Report of the Indian Hemp Drugs Commission, 1894-1895 - Volume V
Year: 1894
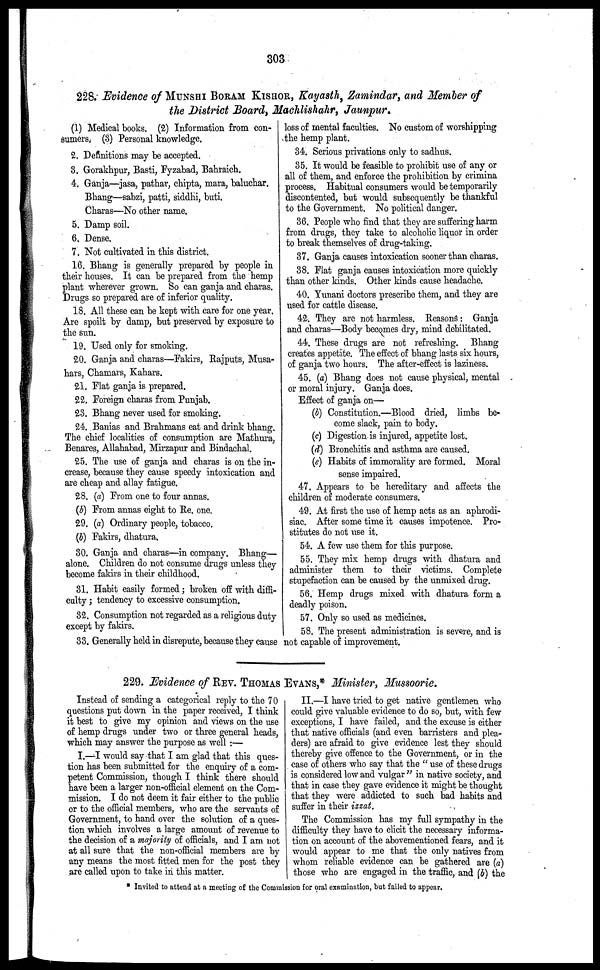
303
228. Evidence of MUNSHI BORAM KISHOR, Kayasth, Zamindar, and Member of
the District Board, Machlishahr, Jaunpur.
(1) Medical books. (2) Information from con-
sumers. (3) Personal knowledge.
2. Definitions may be accepted.
3. Gorakhpur, Basti, Fyzabad, Bahraich.
4. Ganja—jasa, pathar, chipta, mara, baluchar.
Bhang—sabzi, patti, siddhi, buti.
Charas—No other name.
5. Damp soil.
6. Dense.
7. Not cultivated in this district.
16. Bhang is generally prepared by people in
their houses. It can be prepared from the hemp
plant wherever grown. So can ganja and charas.
Drugs so prepared are of inferior quality.
18. All these can be kept with care for one year.
Are spoilt by damp, but preserved by exposure to
the sun.
19. Used only for smoking.
20. Ganja and charas—Fakirs, Rajputs, Musa-
hars, Chamars, Kahars.
21. Flat ganja is prepared.
22. Foreign charas from Punjab.
23. Bhang never used for smoking.
24. Banias and Brahmans eat and drink bhang.
The chief localities of consumption are Mathura,
Benares, Allahabad, Mirzapur and Bindachal.
25. The use of ganja and charas is on the in-
crease, because they cause speedy intoxication and
are cheap and allay fatigue.
28. (a) From one to four annas.
(b) From annas eight to Re. one.
29. (a) Ordinary people, tobacco.
(b) Fakirs, dhatura.
30. Ganja and charas—in company. Bhang—
alone. Children do not consume drugs unless they
become fakirs in their childhood.
31. Habit easily formed ; broken off with diffi-
culty ; tendency to excessive consumption.
32. Consumption not regarded as a religious duty
except by fakirs.
33. Generally held in disrepute, because they cause
loss of mental faculties. No custom of worshipping
the hemp plant.
34. Serious privations only to sadhus.
35. It would be feasible to prohibit use of any or
all of them, and enforce the prohibition by crimina
process. Habitual consumers would be temporarily
discontented, but would subsequently be thankful
to the Government. No political danger.
36. People who find that they are suffering harm
from drugs, they take to alcoholic liquor in order
to break themselves of drug-taking.
37. Ganja causes intoxication sooner than charas.
38. Flat ganja causes intoxication more quickly
than other kinds. Other kinds cause headache.
40. Yunani doctors prescribe them, and they are
used for cattle disease.
42. They are not harmless. Reasons: Ganja
and charas—Body becomes dry, mind debilitated.
44. These drugs are not refreshing. Bhang
creates appetite. The effect of bhang lasts six hours,
of ganja two hours. The after-effect is laziness.
45. (a) Bhang does not cause physical, mental
or moral injury. Ganja does.
Effect of ganja on—
(b) Constitution.—Blood dried, limbs be-
come slack, pain to body.
(c) Digestion is injured, appetite lost.
(d) Bronchitis and asthma are caused.
(e) Habits of immorality are formed. Moral
sense impaired.
47. Appears to be hereditary and affects the
children of moderate consumers.
49. At first the use of hemp acts as an aphrodi-
siac. After some time it causes impotence. Pro-
stitutes do not use it.
54. A few use them for this purpose.
55. They mix hemp drugs with dhatura and
administer them to their victims. Complete
stupefaction can be caused by the unmixed drug.
56. Hemp drugs mixed with dhatura form a
deadly poison.
57. Only so used as medicines.
58. The present administration is severe, and is
not capable of improvement.
229. Evidence of REV. THOMAS EVANS,* Minister, Mussoorie.
Instead of sending a categorical reply to the 70
questions put down in the paper received, I think
it best to give my opinion and views on the use
of hemp drugs under two or three general heads,
which may answer the purpose as well :—
I.—I would say that I am glad that this ques-
tion has been submitted for the enquiry of a com-
petent Commission, though I think there should
have been a larger non-official element on the Com-
mission. I do not deem it fair either to the public
or to the official members, who are the servants of
Government, to hand over the solution of a ques-
tion which involves a large amount of revenue to
the decision of a majority of officials, and I am not
at all sure that the non-official members are by
any means the most fitted men for the post they
are called upon to take in this matter.
II.—I have tried to get native gentlemen who
could give valuable evidence to do so, but, with few
exceptions, I have failed, and the excuse is either
that native officials (and even barristers and plea-
ders) are afraid to give evidence lest they should
thereby give offence to the Government, or in the
case of others who say that the " use of these drugs
is considered low and vulgar " in native society, and
that in case they gave evidence it might be thought
that they were addicted to such bad habits and
suffer in their izzat.
The Commission has my full sympathy in the
I difficulty they have to elicit the necessary informa-
tion on account of the abovementioned fears, and it
would appear to me that the only natives from
whom reliable evidence can be gathered are (a)
those who are engaged in the traffic, and (b) the
Invited to attend at a meeting of the Commission for oral exnmination, but failed to appear.